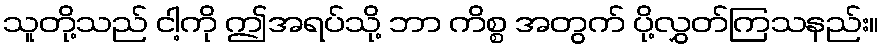
သူတို့သည် ငါ့ကို ဤအရပ်သို့ ဘာ ကိစ္စ အတွက် ပို့လွှတ်ကြသနည်း။